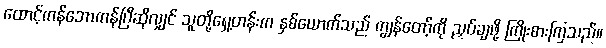
ထောင့်ကန်ဘောကန်ပြီဆိုလျှင် သူတို့ရှေ့တန်းက နှစ်ယောက်သည် ကျွန်တော့်ကို ညှပ်ချဖို့ ကြိုးစားကြသည်။